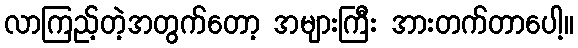
လာကြည့်တဲ့အတွက်တော့ အများကြီး အားတက်တာပေါ့။